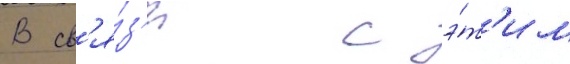
В св'я́з'и с э́т'им